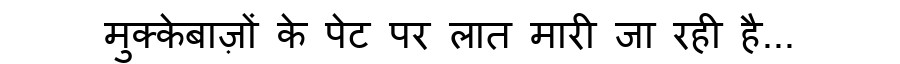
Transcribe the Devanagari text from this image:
मुक्केबाज़ों के पेट पर लात मारी जा रही है...